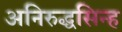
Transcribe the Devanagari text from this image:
अनिरुद्धसिन्ह